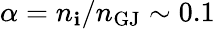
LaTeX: \alpha=n_{\mathbf{i}}/n_{\mathrm{{GJ}}}\sim0.1